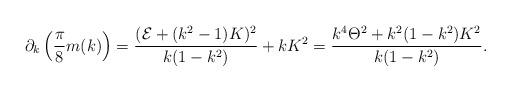
LaTeX: \begin{align*}\begin{aligned} \partial_{k} \left(\frac{\pi}{8}m(k)\right) & = \frac{(\mathcal{E} + (k^2 - 1) K)^2}{k (1 - k^2)} + k K^2 = \frac{k^4 \Theta^2 + k^2(1 - k^2) K^2}{k (1 -k^2)}.\end{aligned}\end{align*}